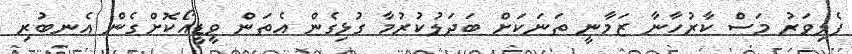
ފެލިވަރު މަސް ކާރުހާނާ ޒަމާނީ ތަނަކަށް ބަދަލުކުރުމާ ގުޅިގެން އެތަން ވީޑީއޯކޮށްގެން އެނބުރި